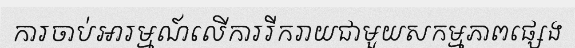
ការចាប់អារម្មណ៍លើការរីករាយជាមួយសកម្មភាពផ្សេង